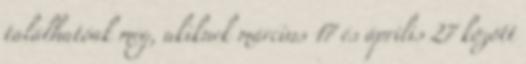
találhatóak meg, akiknek március 17 és április 27 között